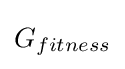
G_{fitness}